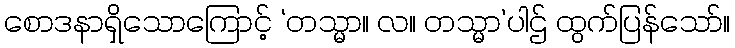
စောဒနာရှိသောကြောင့် ‘တသ္မာ။ လ။ တသ္မာ’ပါဌ် ထွက်ပြန်သော်။